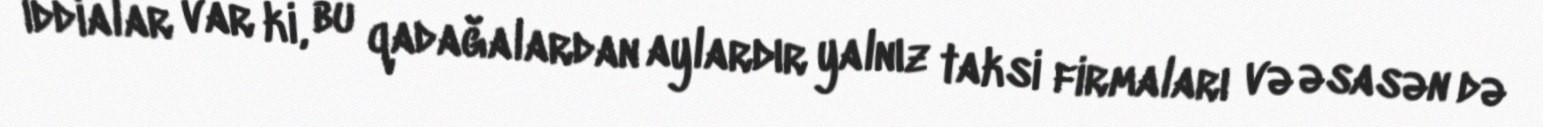
İddialar var ki, bu qadağalardan aylardır yalnız taksi firmaları və əsasən də